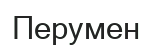
Перумен